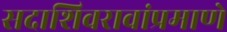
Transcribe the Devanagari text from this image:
सदाशिवरावांप्रमाणेे